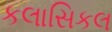
કલાસિકલ